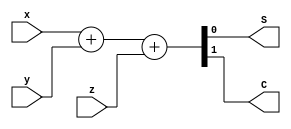
// Data Flow Full adder

module fullAdder(S, C, x, y, z);
  input x, y, z;
  output S, C;
  assign  {C, S} = x + y + z;
endmodule

module tb;
  reg x, y, z;
  wire S, C;
  fullAdder mod(S, C, x, y, z);
  initial
    begin
      $monitor($time, " x=%b, y=%b, z=%b, C=%b, S=%b.", x, y, z, C, S);
      #0  x=1'b0; y=1'b0; z=1'b0;
      #10 z=z+1'b1;
      #10 y=y+1'b1; z=z+1'b1;
      #10 z=z+1'b1;
      #10 x=x+1'b1; y=y+1'b1; z=z+1'b1;
      #10 z=z+1'b1;
      #10 y=y+1'b1; z=z+1'b1;
      #10 z=z+1'b1;
      #10 $finish;
    end
endmodule